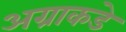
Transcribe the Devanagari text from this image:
अग्राकडे